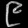
Digit: ၉